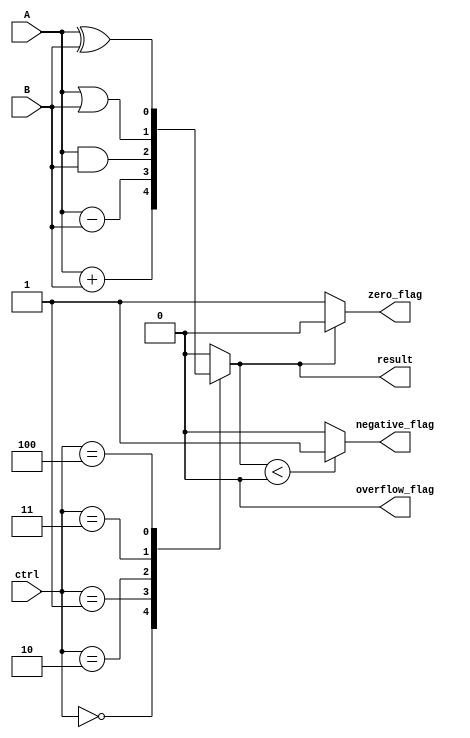
module alu_1bit(input wire A, input wire B, input wire [2:0] ctrl, output reg result, output reg zero_flag, output reg negative_flag, output reg overflow_flag);

always @ (A, B, ctrl)
begin
    case(ctrl)
        3'b000: result = A + B; // Addition
        3'b001: result = A - B; // Subtraction
        3'b010: result = A & B; // Bitwise AND
        3'b011: result = A | B; // Bitwise OR
        3'b100: result = A ^ B; // Bitwise XOR
        default: result = 1'b0; // Default to 0 if control signal is invalid
    endcase
    
    // Check flags
    if(result == 1'b0)
        zero_flag = 1;
    else
        zero_flag = 0;
    
    if(result < 1'b0)
        negative_flag = 1;
    else
        negative_flag = 0;
    
    // Overflow flag not implemented for 1-bit ALU
    overflow_flag = 0;
end

endmodule